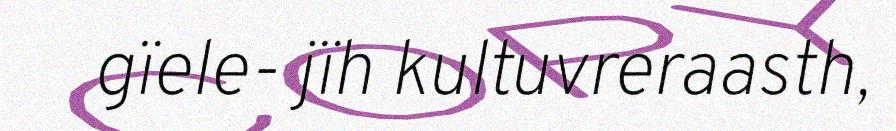
gïele- jïh kultuvreraasth,